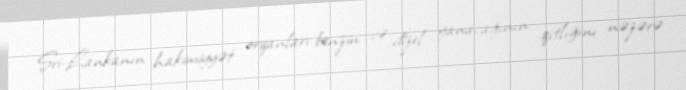
Şri-Lankanın hakimiyyət orqanları benzin və dizel yanacağının qıtlığını nəzərə